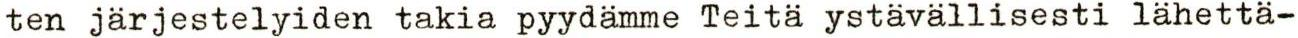
ten järjestelyiden takia pyydämme Teitä ystävällisesti lähettä-